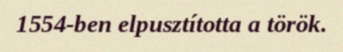
1554-ben elpusztította a török.